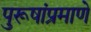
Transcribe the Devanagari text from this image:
पुरूषांप्रमाणे